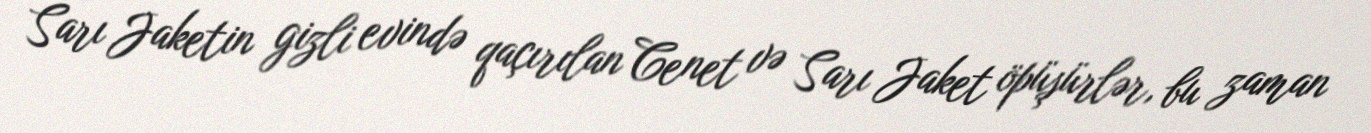
Sarı Jaketin gizli evində qaçırılan Cenet və Sarı Jaket öpüşürlər, bu zaman